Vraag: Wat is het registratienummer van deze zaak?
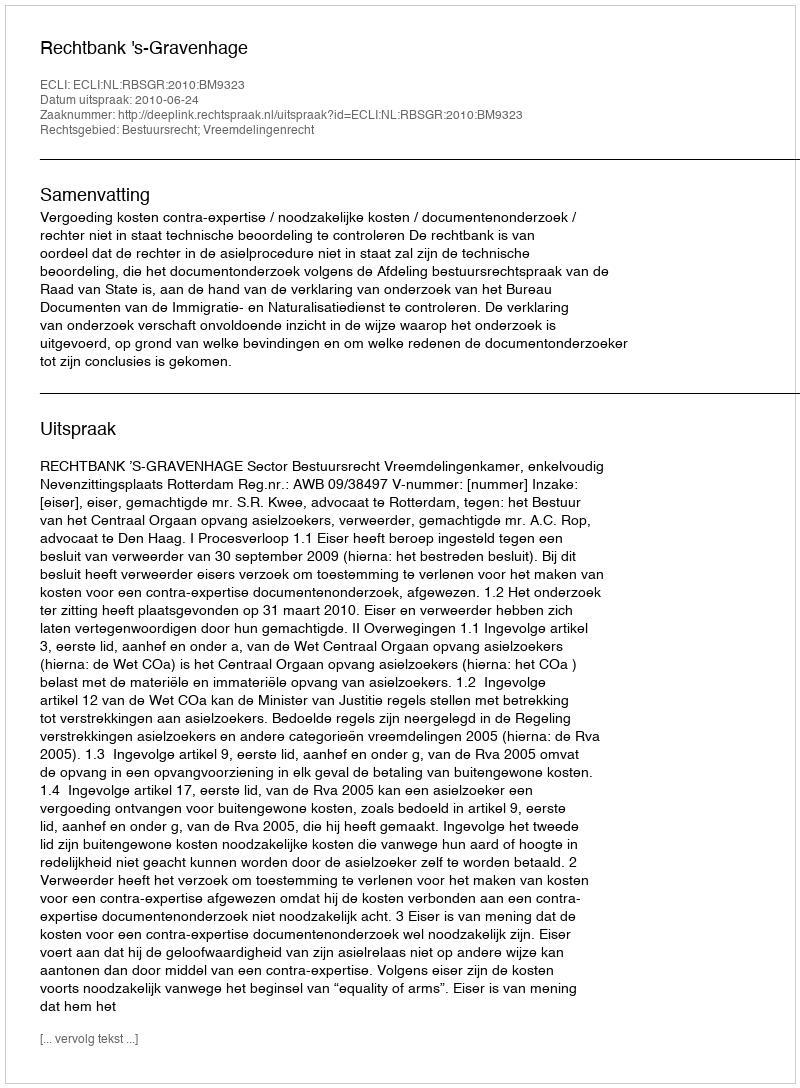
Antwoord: http://deeplink.rechtspraak.nl/uitspraak?id=ECLI:NL:RBSGR:2010:BM9323